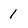
Character: 1